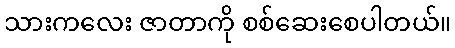
သားကလေး ဇာတာကို စစ်ဆေးစေပါတယ်။